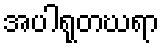
အပါရုတဃရာ